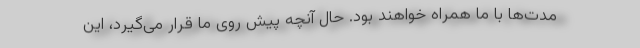
مدت‌ها با ما همراه خواهند بود. حال آنچه پیش روی ما قرار می‌گیرد، این